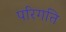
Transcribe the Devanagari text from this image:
परिगति